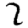
Digit: 2